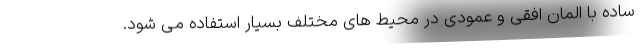
ساده با المان افقی و عمودی در محیط های مختلف بسیار استفاده می شود.